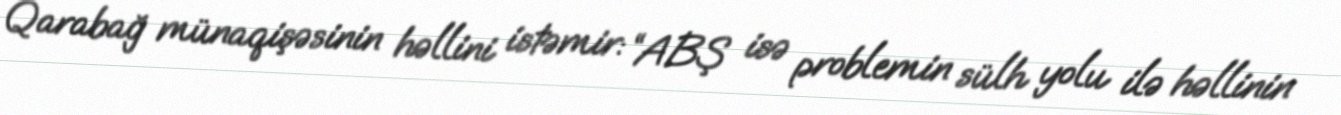
Qarabağ münaqişəsinin həllini istəmir: “ABŞ isə problemin sülh yolu ilə həllinin